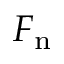
F _ { \mathrm { n } }